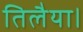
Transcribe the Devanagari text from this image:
तिलैया।